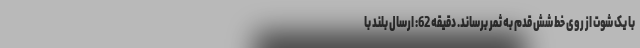
با یک شوت از روی خط شش قدم به ثمر برساند. دقیقه 62: ارسال بلند با